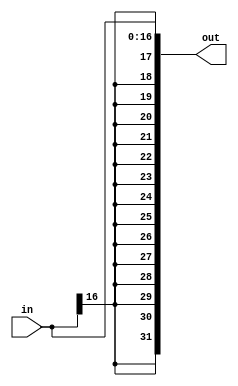
module signextend17 (input [16:0]in, output[31:0] out);
	assign out = {{15{in[16]}}, in};
endmodule